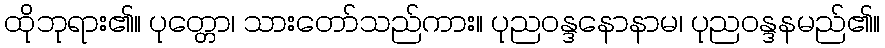
ထိုဘုရား၏။ ပုတ္တော၊ သားတော်သည်ကား။ ပုညဝန္ဒနောနာမ၊ ပုညဝန္ဒနမည်၏။